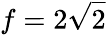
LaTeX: f=2\sqrt 2